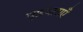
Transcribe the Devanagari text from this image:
पृष्ठधाराएँ